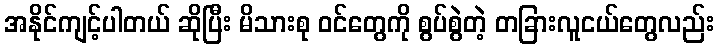
အနိုင်ကျင့်ပါတယ် ဆိုပြီး မိသားစု ဝင်တွေကို စွပ်စွဲတဲ့ တခြားလူငယ်တွေလည်း